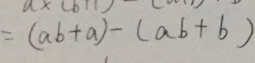
= ( a b + a ) - ( a b + b )